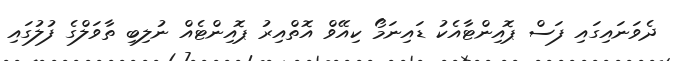
ދެވަނައިގައި ފަސް ޕޮއިންޓާއެކު ޑައިނަމޯ ކިއޭވް އޮތްއިރު ޕޮއިންޓެއް ނުލިބި ތާވަލްގެ ފުލުގައި